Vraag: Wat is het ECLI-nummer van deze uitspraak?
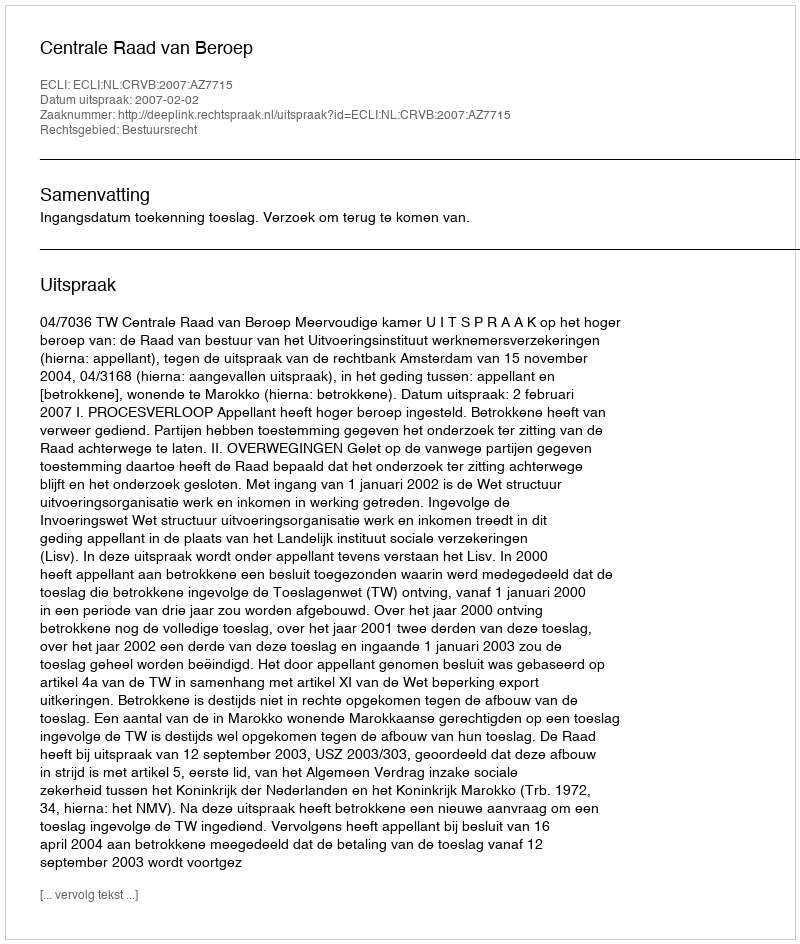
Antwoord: ECLI:NL:CRVB:2007:AZ7715